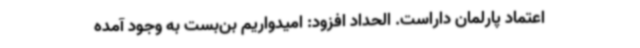
اعتماد پارلمان داراست. الحداد افزود: امیدواریم بن‌بست به وجود آمده